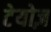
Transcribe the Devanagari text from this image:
टेयोज़